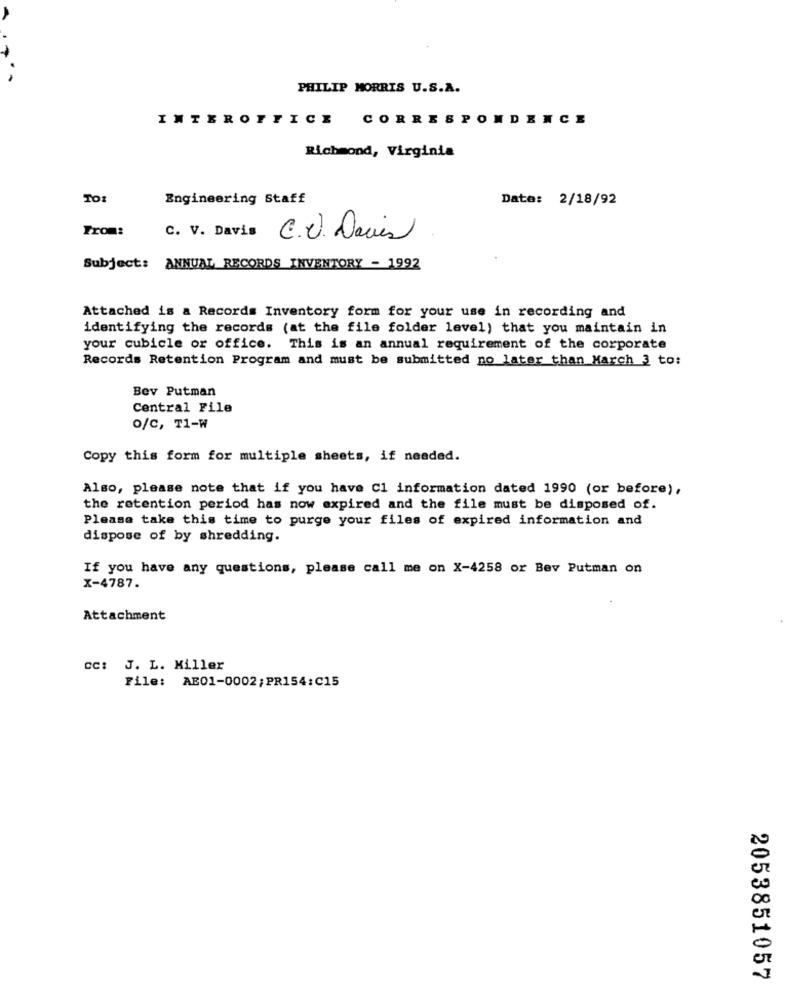
..
PHILIP MORRIS U.S.A.
INTEROFFICE CORRESPONDENCE
Richmond, Virginia
TOI
Engineering Staff
Date: 2/18/92
From:
C. V. Davis
C.V. Davis
Subject: ANNUAL RECORDS INVENTORY - 1992
Attached is a Records Inventory form for your use in recording and
identifying the records (at the file folder level) that you maintain in
your cubicle or office. This is an annual requirement of the corporate
Records Retention Program and must be submitted no later than March 3 to:
Bev Putman
Central File
o/C, T1-W
Copy this form for multiple sheets, if needed.
Also, please note that if you have Cl information dated 1990 (or before),
the retention period has now expired and the file must be disposed of.
Please take this time to purge your files of expired information and
dispose of by shredding.
If you have any questions, please call me on X-4258 or Bev Putman on
X-4787.
Attachment
CC: J. L. Miller
File: AB01-0002;PR154:C15
2053851057